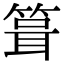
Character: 箿